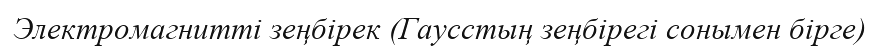
Электромагниттi зеңбiрек (Гаусстың зеңбiрегi сонымен бiрге)